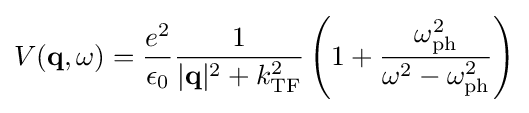
V(\mathbf {q} ,\omega )={\frac {e^{2}}{\epsilon _{0}}}{\frac {1}{|\mathbf {\mathbf {q} } |^{2}+k_{\mathrm {TF} }^{2}}}\left(1+{\frac {\omega _{\mathrm {ph} }^{2}}{\omega ^{2}-\omega _{\mathrm {ph} }^{2}}}\right)